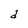
Character: d